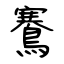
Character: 鶱